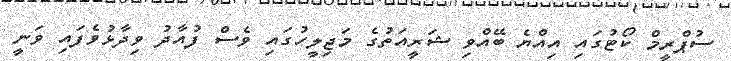
ސުޕްރީމް ކޯޓުގައި އިއްޔެ ބޭއްވި ޝަރީއަތުގެ މަޖިލީހުގައި ވެސް ފުއާދު ވިދާޅުވެފައި ވަނީ